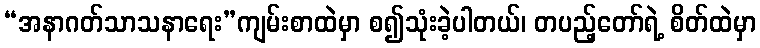
“အနာဂတ်သာသနာရေး”ကျမ်းစာထဲမှာ စ၍သုံးခဲ့ပါတယ်၊ တပည့်တော်ရဲ့ စိတ်ထဲမှာ